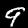
Label: 9